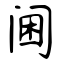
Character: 阃